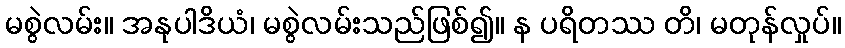
မစွဲလမ်း။ အနုပါဒိယံ၊ မစွဲလမ်းသည်ဖြစ်၍။ န ပရိတဿ တိ၊ မတုန်လှုပ်။